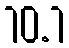
10.1